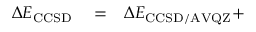
\begin{array} { r l r } { \Delta E _ { \mathrm { C C S D } } } & { { } = } & { \Delta E _ { \mathrm { C C S D / A V Q Z } } + } \end{array}